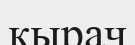
кырач